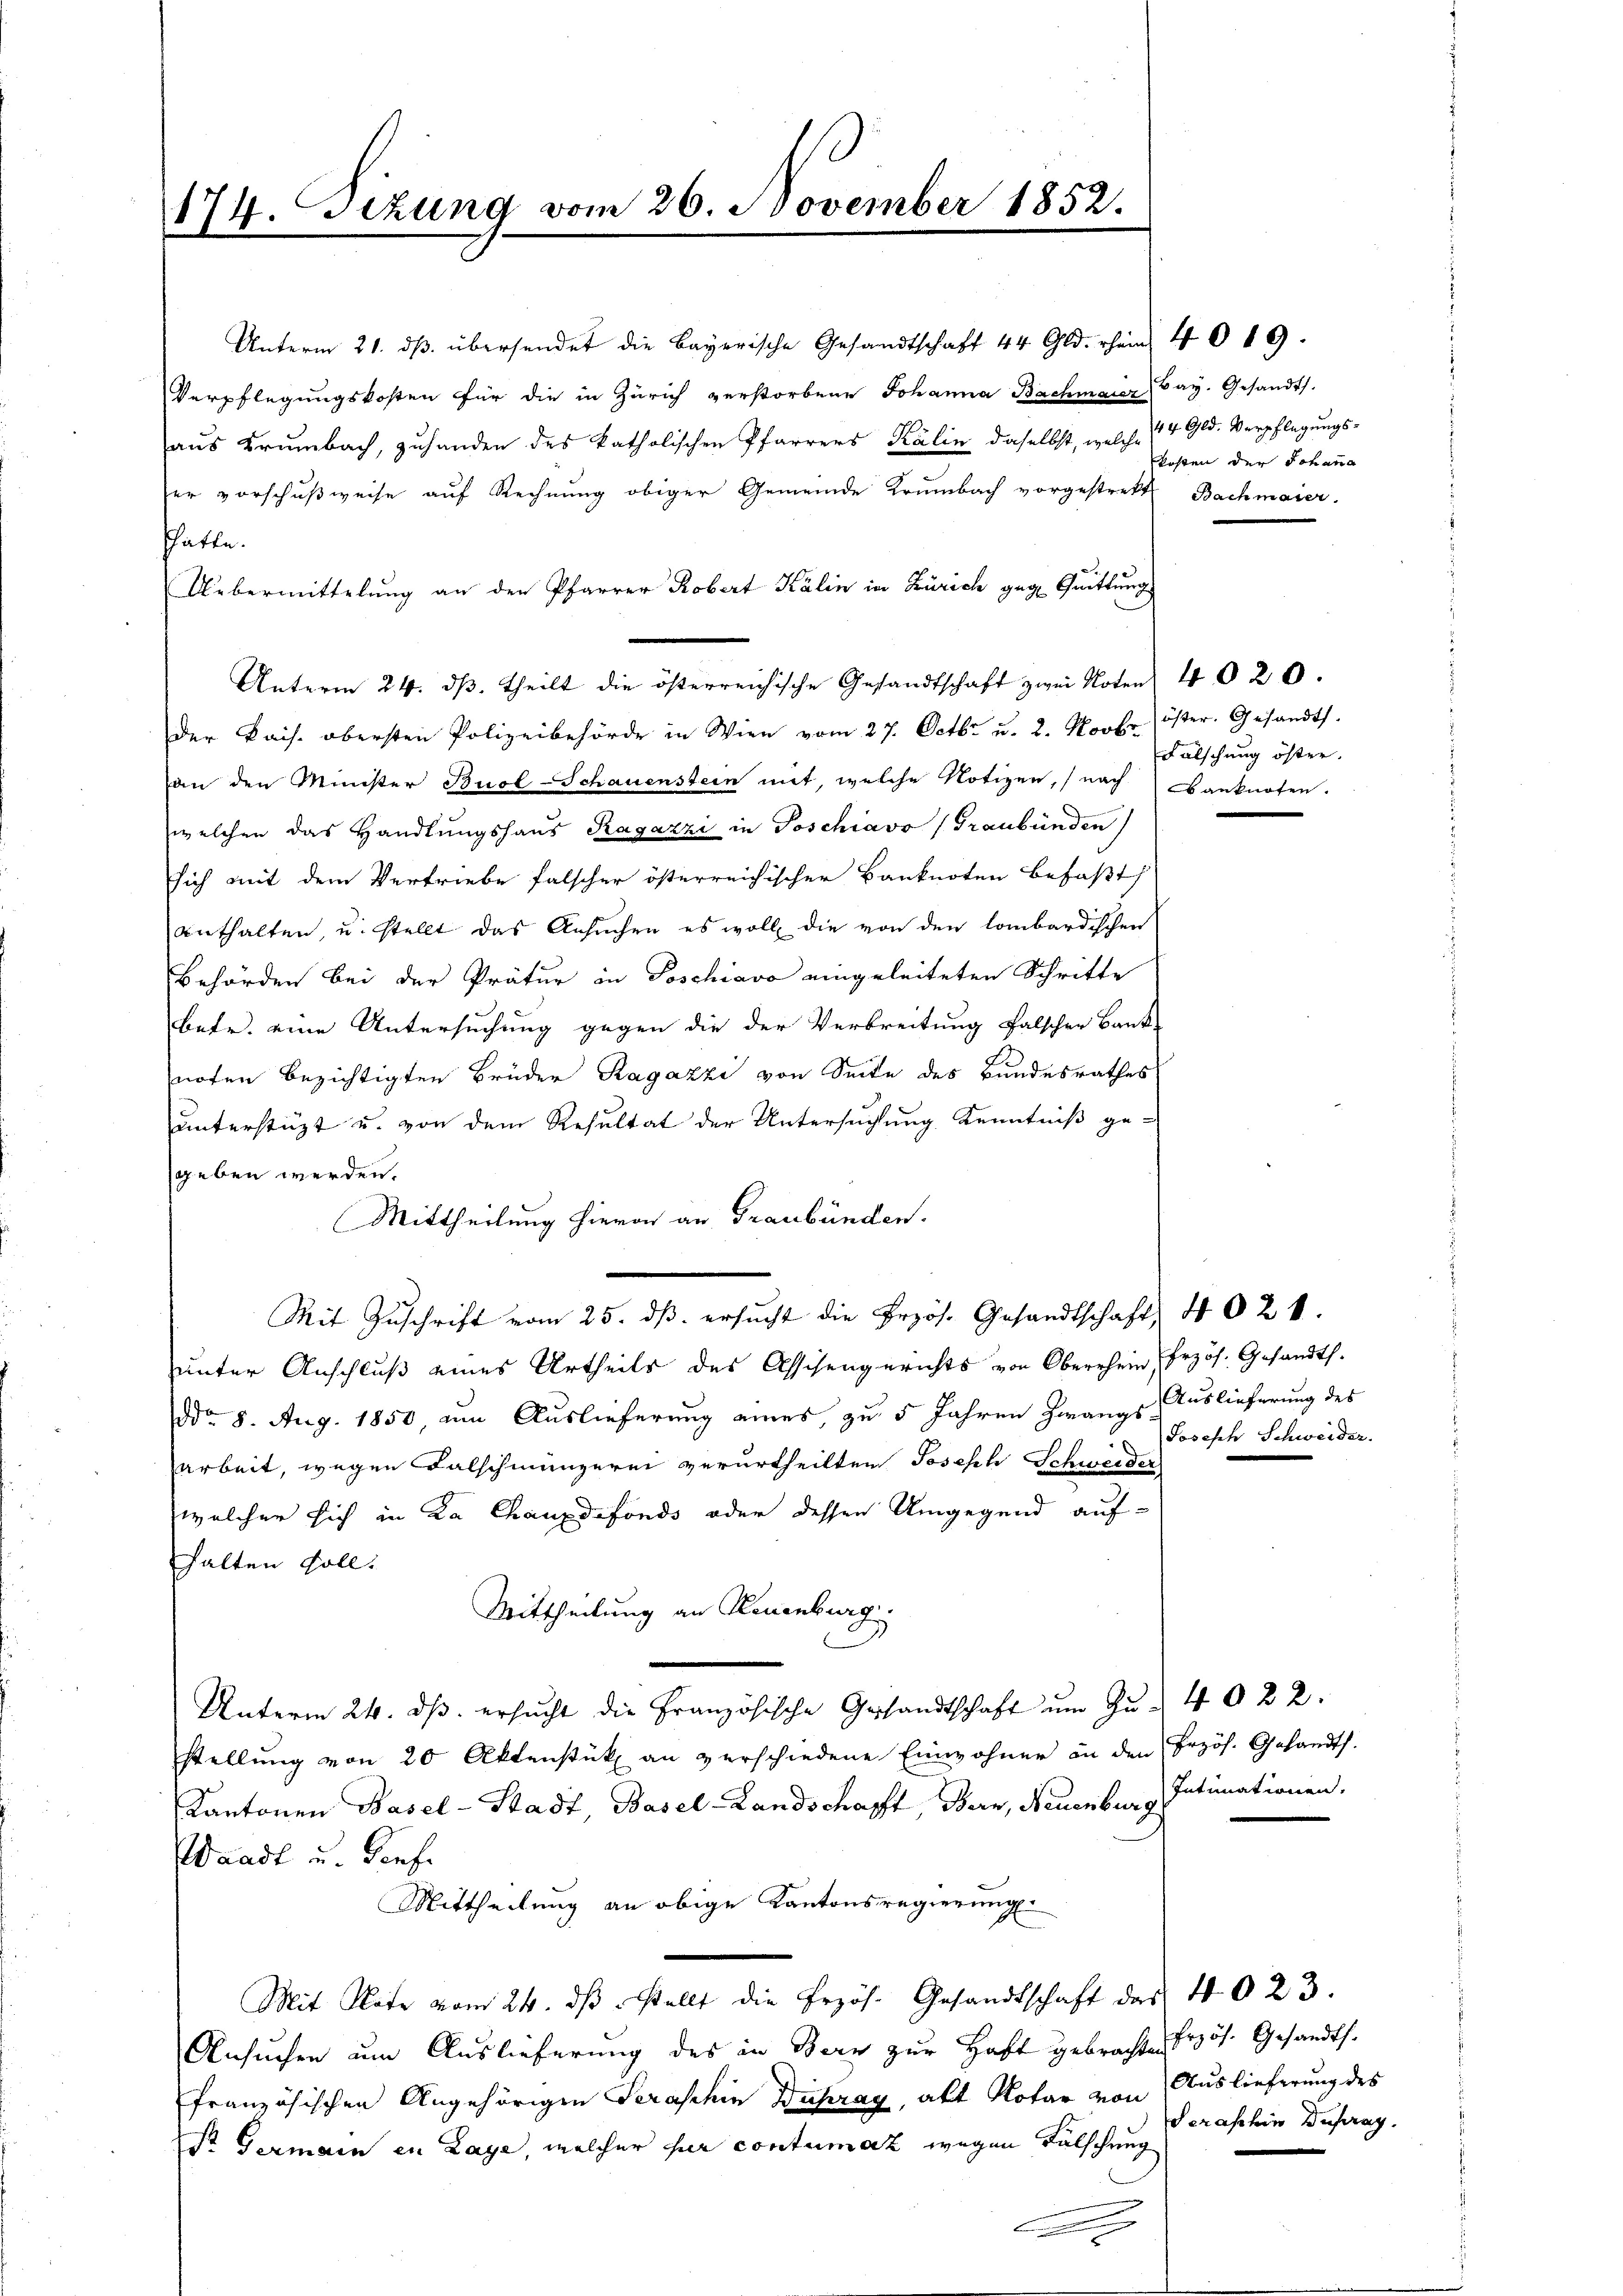
Verpflegungskosten für die in Zürich verstorbene Johanna Bachmaier, Bay. Gesandts.
aus Krumbach, zuhanden des katholischen Pfarrers Kälin daselbst, welche 44 Gld. Verpflegŭngs-
ser vorschußweise auf Rechnung obiger Gemeinde Krumbach vorgestrette Bachmaier.
schafte.
Uebermittelung an den Pfarrer Robert Kälin in Zürich geg. Quittung
Unterm 24. dβ. theilt die österreichische Gesandtschaft zwei Noten 40 20.
der kais. obersten Polizeibehörde in Wien vom 27. Octbr. u. 2. Novbr.
an den Minister Buol-Schauenstein mit, welche Notizen, (nach Banknoten.
welchen das Handlungshaus Ragazzi in Poschiavo (Graubünden
sich mit dem Vertriebe falscher österreichischer Banknoten befaßt,
enthalten, u. stellt das Ansuchen es woll die von den lombardischen
Behörden bei der Prätur in Poschiavo eingeleiteten Schritte
betr. eine Untersuchung gegen die der Verbreitung falscher Bank-
noten bezichtigten Brüder Ragazzi von Seite des Bundesrathes
unterstüzt u. von dem Resultat der Untersuchung Kenntniß ge-
sgeben werden.
Mittheilung hievon an Graubünden.
Mit Zŭschrift vom 25. dβ. ersŭcht die Erzös. Gesandtschaft, 4 024.
hunter Anschluß eines Urtheils des Assisengerichts von Oberrhein Erzös. Gesandth.
ddo. 8. Aug. 1850 um Auslieferung eines, zu 5 Jahren Zwangs Auslieferung des
arbeit, wegen Falschmünzerei verurtheilten Joseph Schweider
welcher sich in Ka Chauxdefonds oder dessen Umgegend auf-
halten soll.
Mittheilung an Neuenburg.
Unterm 24. ds. ersucht die Französische Gesandtschaft um Zu- 40 22.
stellŭng von 20 Aktenstük an verschiedene Einwohner in den Brzös. Gesandts.
Kantonen Basel-Stadt, Basel-Landschafft, Bern, Neuenburg Intimationen.
Waadt u. Genf.
Mittheilung an obige Kantonsregierung
Mit Rate vom 24. dβ stellt die Przös. Gesandtschaft des 40 23.
Ansuchen um Auslieferung des in Bern zur Haft gebrachte Erzös. Gesandtsfranzösischen Angehörigen Seraschin Dutrag, akt Notar von Auslieferung des
Pr Germain in Lage, welcher hier contumaz wegen Fälschung
.

174. Sizung vom 26. November 1852.
d

Unterm 21. dβ übersendet die Bayerische Gesandtschaft 44 Gld. rein 40 19.

kosten der Johanna

öster. Gesandt.
Fälschung öster.

Joseph Schweider.

Seraschin Dufrag